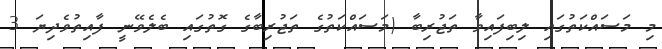
މި މަސައްކަތުގައި ލިބިފައިވާ ތަޖުރިބާ (މަސައްކަތުގެ ތަޖުރިބާގެ ގޮތުގައި ބެލެވޭނީ ފާއިތުވެދިޔަ 3